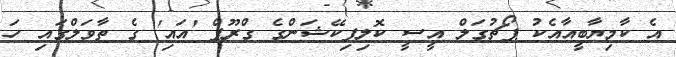
އެ ކާމިޔާބީއާއެކު ޕޯޗުގަލް އީސީ ކޮލިފިކޭޝަންގެ ގްރޫޕް 'އައި' ގެ ތާވަލްގައި ހަ